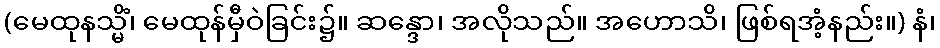
(မေထုနသ္မိံ၊ မေထုန်မှီဝဲခြင်း၌။ ဆန္ဒော၊ အလိုသည်။ အဟောသိ၊ ဖြစ်ရအံ့နည်း။) နံ၊